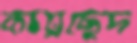
কায়ছেদ